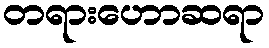
တရားဟောဆရာ